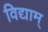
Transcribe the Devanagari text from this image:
विद्याम्